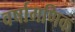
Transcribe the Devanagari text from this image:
वर्षागणिक